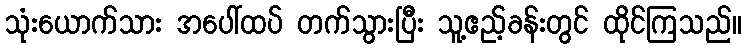
သုံးယောက်သား အပေါ်ထပ် တက်သွားပြီး သူ့ဧည့်ခန်းတွင် ထိုင်ကြသည်။